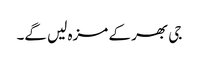
جی بھر کے مزہ لیں گے۔